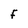
Character: F